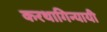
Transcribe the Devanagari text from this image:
करथागिन्यायी